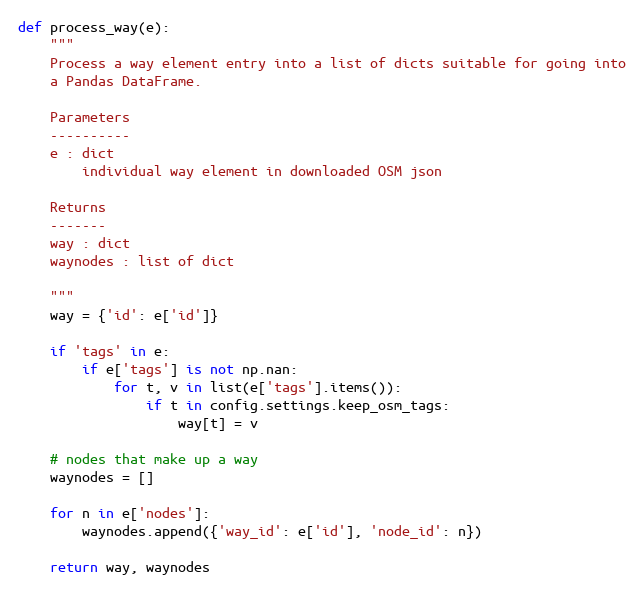
Language: Python
def process_way(e):
    """
    Process a way element entry into a list of dicts suitable for going into
    a Pandas DataFrame.

    Parameters
    ----------
    e : dict
        individual way element in downloaded OSM json

    Returns
    -------
    way : dict
    waynodes : list of dict

    """
    way = {'id': e['id']}

    if 'tags' in e:
        if e['tags'] is not np.nan:
            for t, v in list(e['tags'].items()):
                if t in config.settings.keep_osm_tags:
                    way[t] = v

    # nodes that make up a way
    waynodes = []

    for n in e['nodes']:
        waynodes.append({'way_id': e['id'], 'node_id': n})

    return way, waynodes